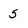
Character: 5